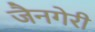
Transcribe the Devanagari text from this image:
जैनगेरी